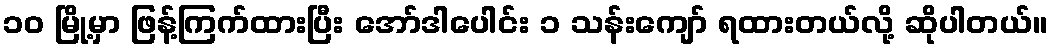
၁၀ မြို့မှာ ဖြန့်ကြက်ထားပြီး အော်ဒါပေါင်း ၁ သန်းကျော် ရထားတယ်လို့ ဆိုပါတယ်။